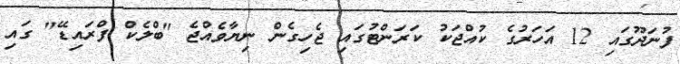
ފުނަދޫގައި 12 އަހަރުގެ ކުއްޖަކު ކަރަންޓުގައި ޖެހިގެން ނިޔާވެއްޖެ "ބްލެކް ފްރައިޑޭ" ގައި